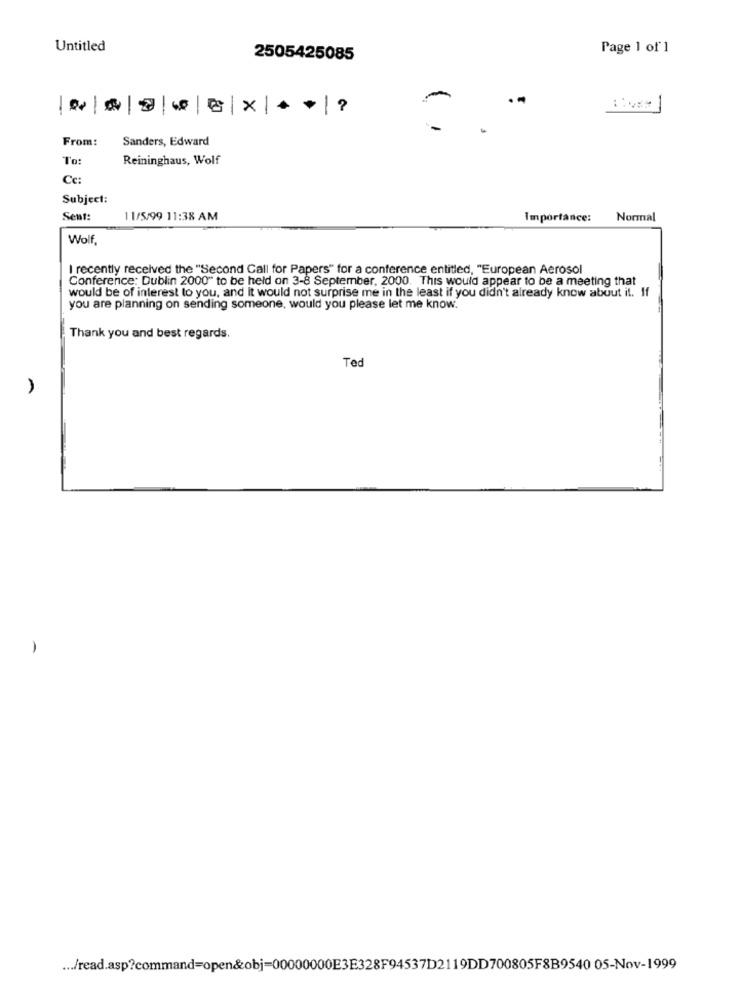
Untitled
Page 1 of 1
2505425085
-
From:
Sanders, Edward
To:
Reininghaus, Wolf
Cc:
Subject:
Sent:
11/5/99 11:38 AM
Importance:
Normal
Wolf
I recently received the "Second Call for Papers" for a conference entitled, "European Aerosol
Conference: Dublin 2000" to be held on 3-8 September, 2000. This would appear to be a meeting that
would be of interest to you, and it would not surprise me in the least if you didn't already know about it. If
you are planning on sending someone, would you please let me know.
Thank you and best regards.
Ted
... /read.asp?command=open&obj=00000000E3E328F94537D2119DD700805F8B9540 05-Nov-1999